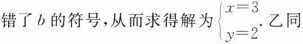
错了b的符号，从而求得解为 $$\left\{ \begin{matrix} x=3 \\ y=2 \end{matrix} \right.$$. 乙同